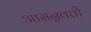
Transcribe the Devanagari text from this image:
आसन्नवर्त्ती